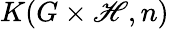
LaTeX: K(G\times\mathscr{H},n)